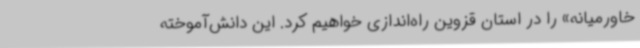
خاورمیانه» را در استان قزوین راه‌اندازی خواهیم کرد. این دانش‌آموخته